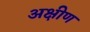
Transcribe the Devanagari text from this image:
अक्षीण